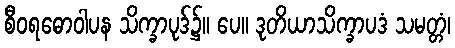
စီဝရဓောဝါပန သိက္ခာပုဒ်၌။ ပေ။ ဒုတိယာသိက္ခာပဒံ သမတ္တံ၊